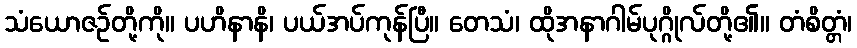
သံယောဇဉ်တို့ကို။ ပဟိနာနိ၊ ပယ်အပ်ကုန်ပြီ။ တေသံ၊ ထိုအနာဂါမ်ပုဂ္ဂိုလ်တို့၏။ တံစိတ္တံ၊